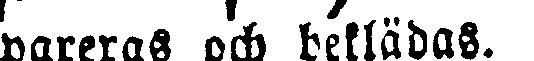
pareras och beklädas.